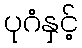
ပုဂံနှင့်